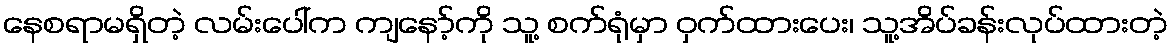
နေစရာမရှိတဲ့ လမ်းပေါ်က ကျနော့်ကို သူ့ စက်ရုံမှာ ဝှက်ထားပေး၊ သူ့အိပ်ခန်းလုပ်ထားတဲ့